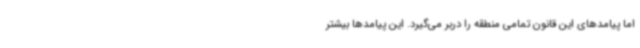
اما پیامدهای این قانون تمامی منطقه را دربر می‌گیرد. این پیامدها بیشتر